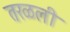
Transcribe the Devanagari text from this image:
तरळली